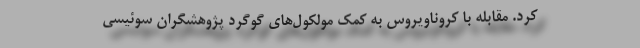
کرد. مقابله با کروناویروس به کمک مولکول‌های گوگرد پژوهشگران سوئیسی